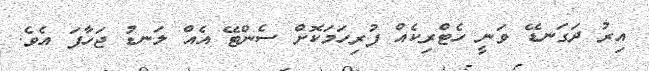
އިރު ދަގަނޑޭ ވަނީ ހެޓްރިކެއް ފުރިހަމަކޮށް ސެންޓޭ އެއް ލަނޑު ޖަހާފަ އެވެ.